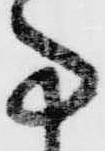
事